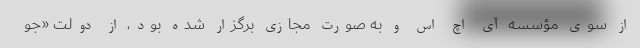
از سوی مؤسسه آی اچ اس و به صورت مجازی برگزار شده بود، از دولت «جو